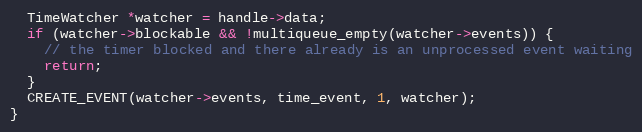
Language: C
  TimeWatcher *watcher = handle->data;
  if (watcher->blockable && !multiqueue_empty(watcher->events)) {
    // the timer blocked and there already is an unprocessed event waiting
    return;
  }
  CREATE_EVENT(watcher->events, time_event, 1, watcher);
}